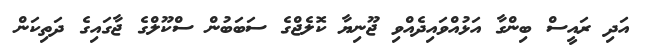
އަދި ރައީސް ބިންގާ އަޅުއްވައިދެއްވި ޖޫނިޔާ ކޮލެޖްގެ ސަބަބުން ސްކޫލްގެ ޖާގައިގެ ދަތިކަން